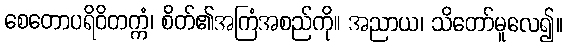
စေတောပရိဝိတက္ကံ၊ စိတ်၏အကြံအစည်ကို။ အညာယ၊ သိတော်မူလေ၍။